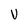
Character: V